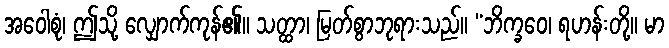
အဝေါစုံ၊ ဤသို့ လျှောက်ကုန်၏။ သတ္ထာ၊ မြတ်စွာဘုရားသည်။ “ဘိက္ခဝေ၊ ရဟန်းတို့။ မာ